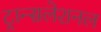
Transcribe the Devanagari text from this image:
ट्रान्सलेशनल